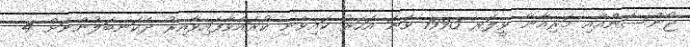
ޖޯންސަންއާއި މަރިއާނާ ވީލަރ 1993 ވަނަ އަހަރު ކައިވެނި ކުރައްވާފައިވާއިރު ދެކަނބަލުންނަށް 4